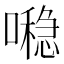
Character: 𪢖